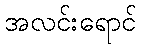
အလင်းရောင်